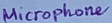
Text: Microphone